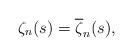
LaTeX: \begin{align*}\zeta_n(s)=\overline{\zeta}_n(s),\end{align*}